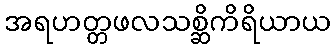
အရဟတ္တဖလသစ္ဆိကိရိယာယ